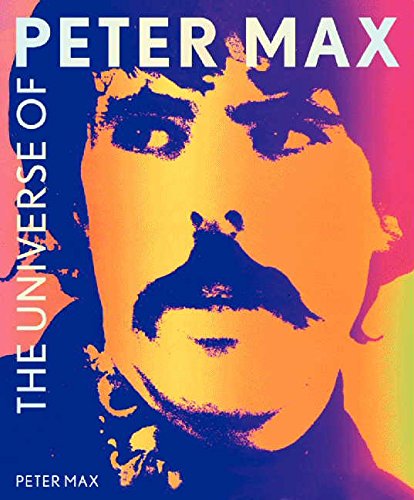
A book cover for The Universe of Peter Max; Peter Max; Arts & Photography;